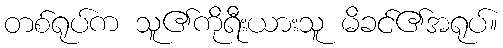
တစ်ရုပ်က သူ၏ကိုရီးယားသူ မိခင်၏အရုပ်။